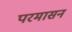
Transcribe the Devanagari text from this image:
परमासन